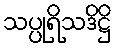
သပ္ပုရိသဒိဋ္ဌိ